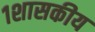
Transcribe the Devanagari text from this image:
१शासकीय